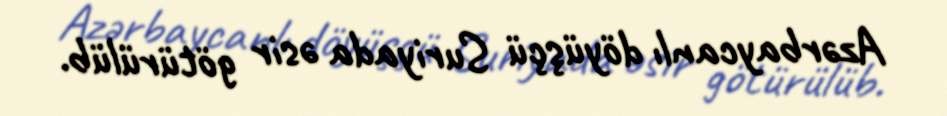
Azərbaycanlı döyüşçü Suriyada əsir götürülüb.